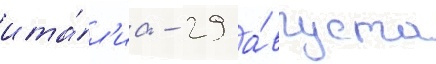
ита́л'иа - 29 а́вгуста